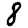
Digit: 8